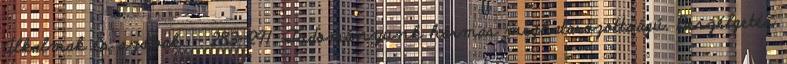
Alkalmak és szavak. – 283-291. Tudományunk hármas meghatározottságú. Beszélgetés